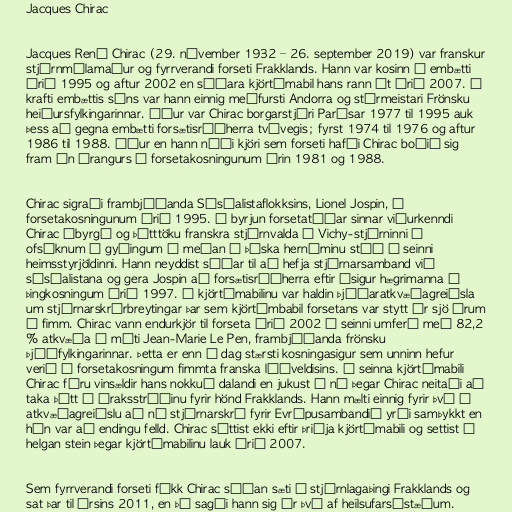
Jacques Chirac

Jacques René Chirac (29. nóvember 1932 – 26. september 2019) var franskur
stjórnmálamaður og fyrrverandi forseti Frakklands. Hann var kosinn í embætti
árið 1995 og aftur 2002 en síðara kjörtímabil hans rann út árið 2007. Í
krafti embættis síns var hann einnig meðfursti Andorra og stórmeistari Frönsku
heiðursfylkingarinnar. Áður var Chirac borgarstjóri Parísar 1977 til 1995 auk
þess að gegna embætti forsætisráðherra tvívegis; fyrst 1974 til 1976 og aftur
1986 til 1988. Áður en hann náði kjöri sem forseti hafði Chirac boðið sig
fram án árangurs í forsetakosningunum árin 1981 og 1988.

Chirac sigraði frambjóðanda Sósíalistaflokksins, Lionel Jospin, í
forsetakosningunum árið 1995. Í byrjun forsetatíðar sinnar viðurkenndi
Chirac ábyrgð og þátttöku franskra stjórnvalda í Vichy-stjórninni í
ofsóknum á gyðingum á meðan á þýska hernáminu stóð í seinni
heimsstyrjöldinni. Hann neyddist síðar til að hefja stjórnarsamband við
sósíalistana og gera Jospin að forsætisráðherra eftir ósigur hægrimanna í
þingkosningum árið 1997. Á kjörtímabilinu var haldin þjóðaratkvæðagreiðsla
um stjórnarskrárbreytingar þar sem kjörtímbabil forsetans var stytt úr sjö árum
í fimm. Chirac vann endurkjör til forseta árið 2002 í seinni umferð með 82,2
% atkvæða á móti Jean-Marie Le Pen, frambjóðanda frönsku
Þjóðfylkingarinnar. Þetta er enn í dag stærsti kosningasigur sem unninn hefur
verið í forsetakosningum fimmta franska lýðveldisins. Á seinna kjörtímabili
Chirac fóru vinsældir hans nokkuð dalandi en jukust á ný þegar Chirac neitaði að
taka þátt í Íraksstríðinu fyrir hönd Frakklands. Hann mælti einnig fyrir því í
atkvæðagreiðslu að ný stjórnarskrá fyrir Evrópusambandið yrði samþykkt en
hún var að endingu felld. Chirac sóttist ekki eftir þriðja kjörtímabili og settist í
helgan stein þegar kjörtímabilinu lauk árið 2007.

Sem fyrrverandi forseti fékk Chirac síðan sæti á stjórnlagaþingi Frakklands og
sat þar til ársins 2011, en þá sagði hann sig úr því af heilsufarsástæðum.